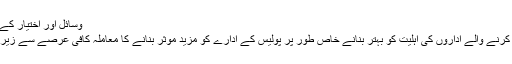
وسائل اور اختیار کے معاملات
قانون نافذ کرنے والے اداروں کی اہلیت کو بہتر بنانے خاص طور پر پولیس کے ادارے کو مزید موثر بنانے کا معاملہ کافی عرصے سے زیرغور ہے ۔